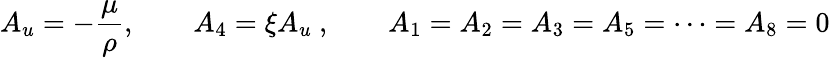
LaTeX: A_{u}=-{\frac{\mu}{\rho}},\qquad A_{4}=\xi A_{u}\ ,\qquad A_{1}=A_{2}=A_{3}=A_{5}=\dots=A_{8}=0